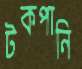
টকপানি